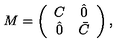
M = \left( \begin{array} { c c } { C } & { \hat { 0 } } \\ { \hat { 0 } } & { \bar { C } } \\ \end{array} \right) ,